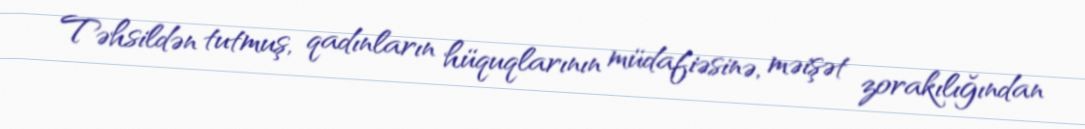
Təhsildən tutmuş, qadınların hüquqlarının müdafiəsinə, məişət zorakılığından